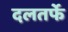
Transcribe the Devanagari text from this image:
दलतर्फे